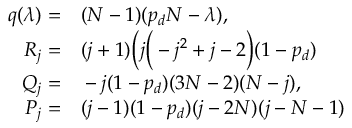
\begin{array} { r l } { q ( \lambda ) = } & { { } ( N - 1 ) ( p _ { d } N - \lambda ) , } \\ { R _ { j } = } & { { } ( j + 1 ) \bigg ( j \bigg ( - j ^ { 2 } + j - 2 \bigg ) ( 1 - p _ { d } ) } \\ { Q _ { j } = } & { { } - j ( 1 - p _ { d } ) ( 3 N - 2 ) ( N - j ) , } \\ { P _ { j } = } & { { } ( j - 1 ) ( 1 - p _ { d } ) ( j - 2 N ) ( j - N - 1 ) } \end{array}